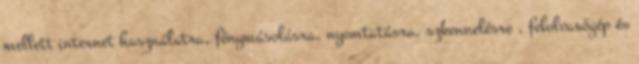
mellett internet használatra, fénymásolásra, nyomtatásra, szkennelésre , felolvasógép és